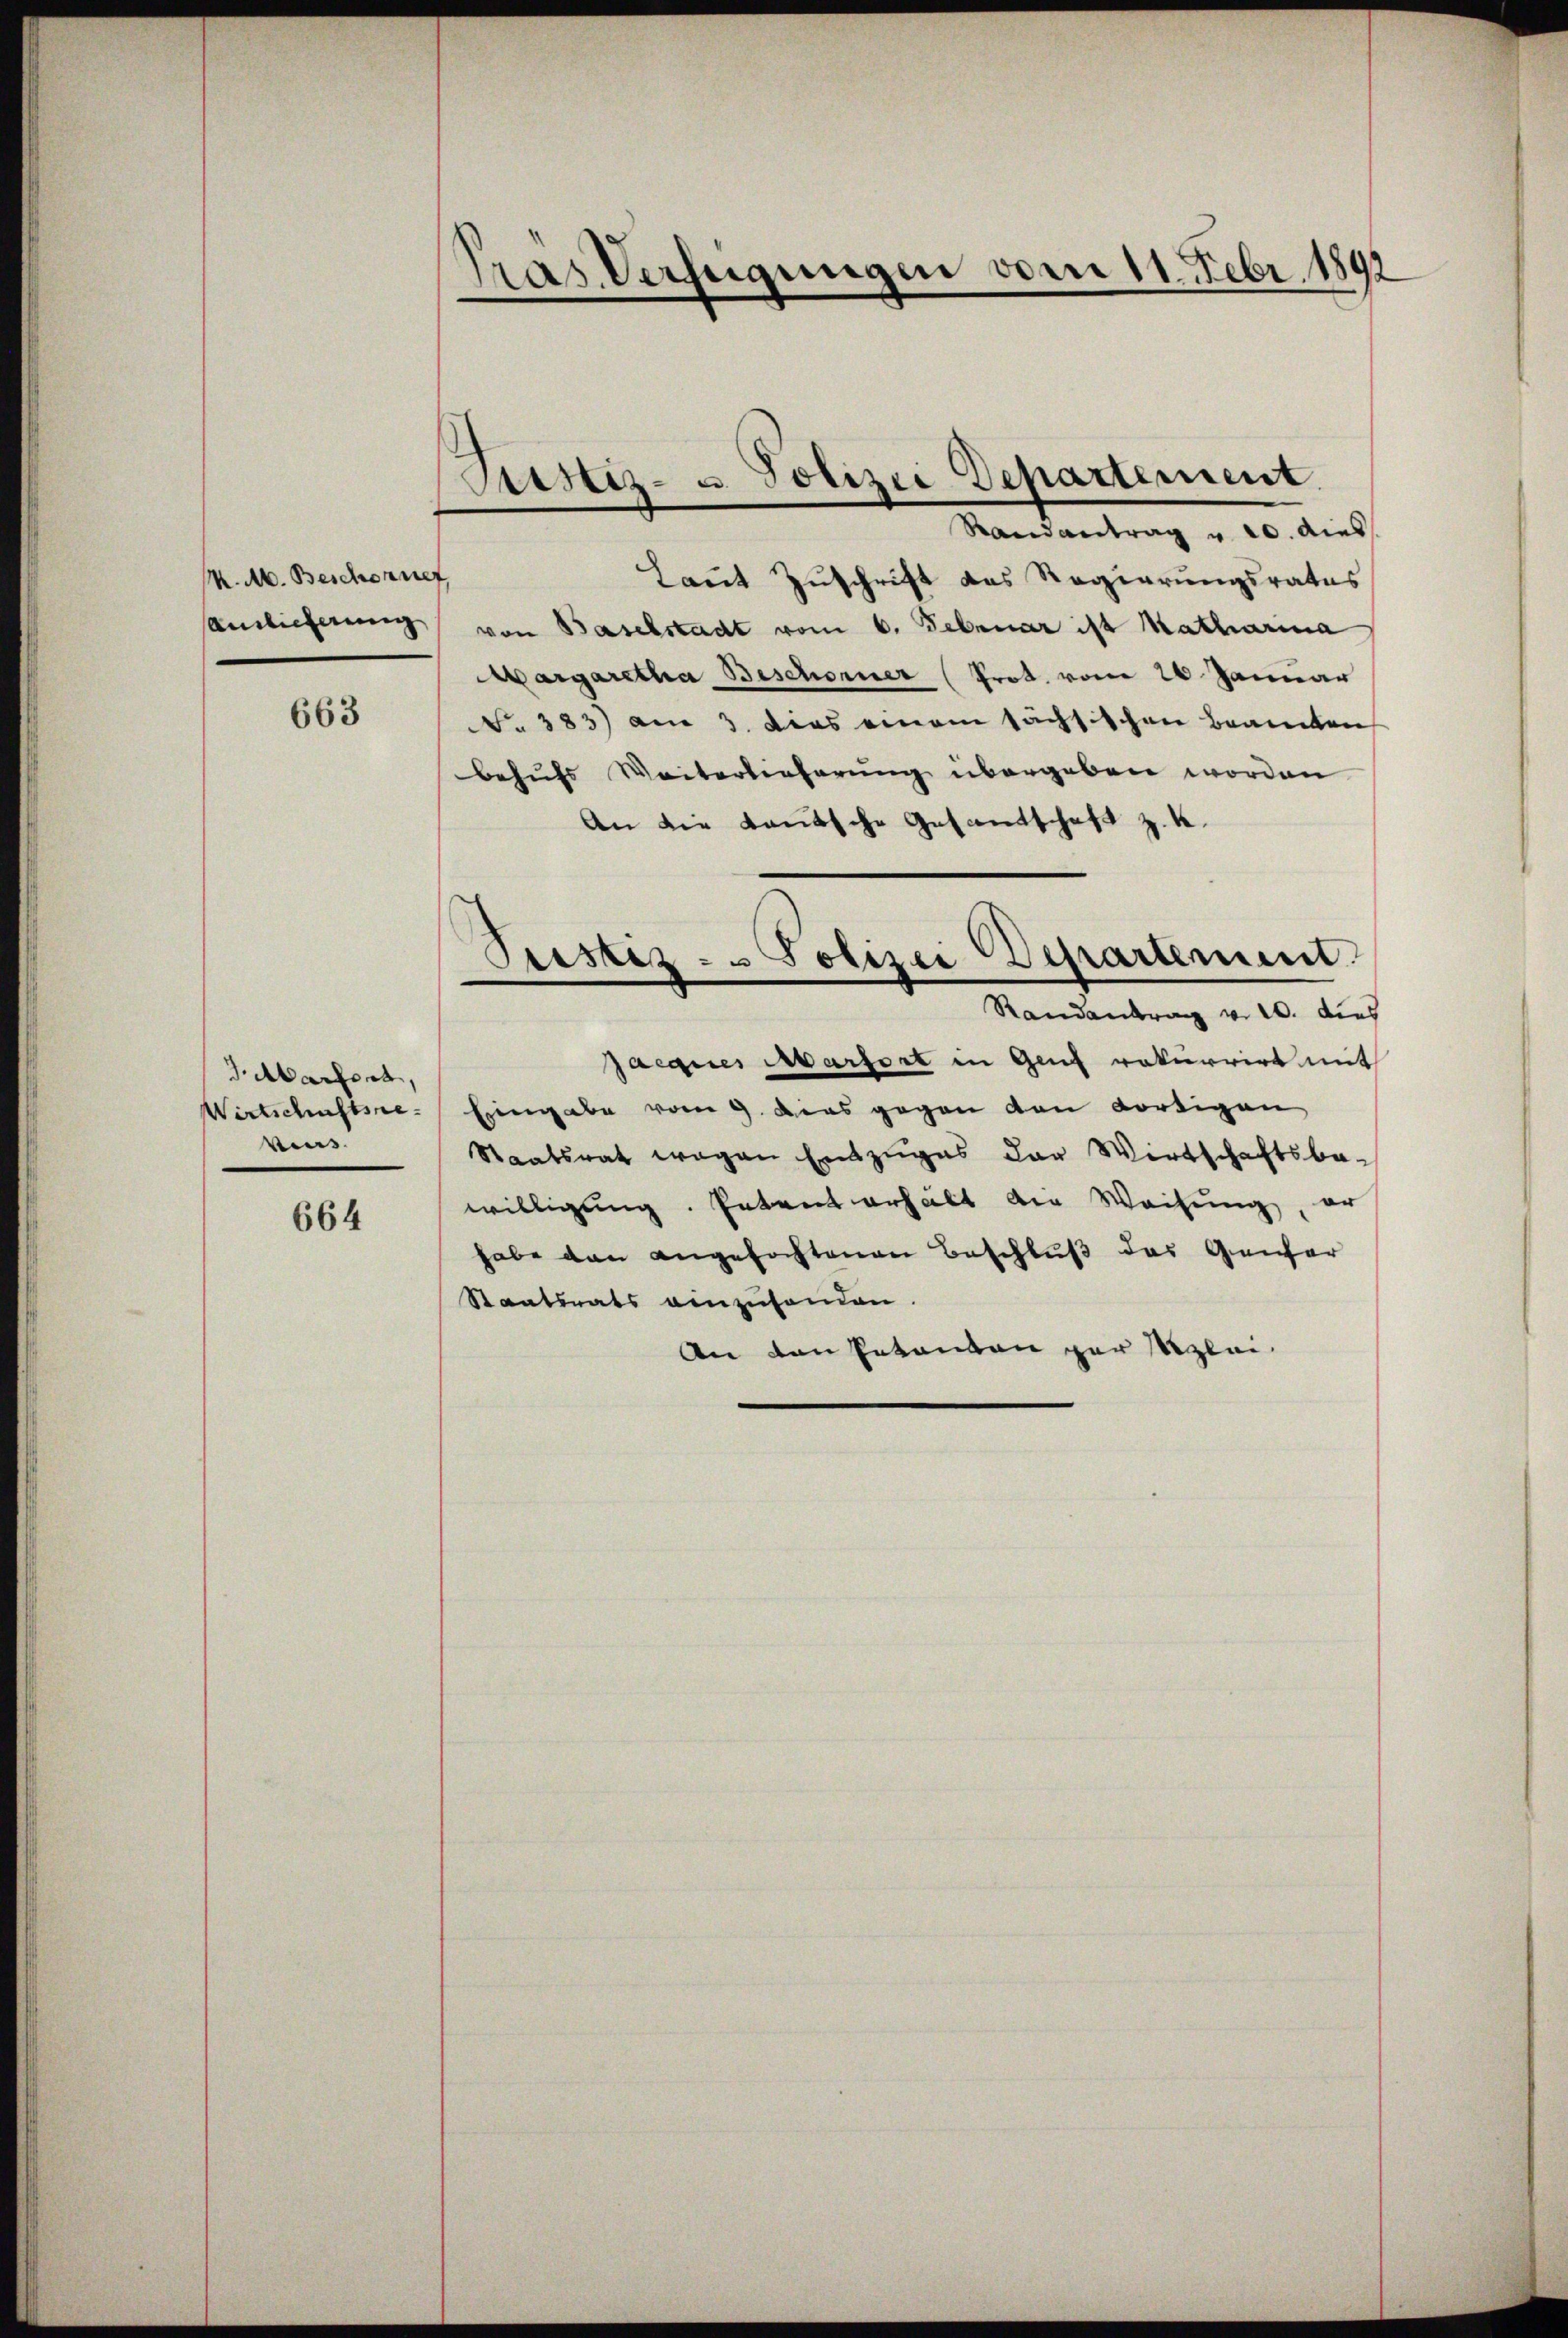
R. M. Beschonner
samlicherung

663

J.Marfert,
Wirtschaftsrevins.

664

Gras Verfügungen vom 11. Febr. 1892

Justiz- u. Polizei Departement.
.
Randantrag u. 20. dies

Laut Zuschrift das Regierungsrates
von Baselstadt vom 6. Februar ist Katharina
Margaretha Beschorner (Prot. vom 26. Januar
NNo. 383) am 3. Dies einem sächsischen Beamten
behufs Weiterlieferung übergeben worden.
An die teutsche Gesandschaft z. K.
Jaegues Marfort in Genf rekurrirt mit
Eingabe vom 9. Dies gegen von dortigen
Staatsrat wegen Entzuges der Wirtschaftsbe-
willigung. Petent erhält die Weisung, er
habe dan angefochtenen Beschluß das Genfer
Staatsrats anzuhanden.
An von Petenten per glei¬

Justiz - Polizei Departement
Randantrag v. 20. dies